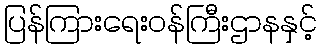
ပြန်ကြားရေးဝန်ကြီးဌာနနှင့်